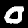
Digit: 0